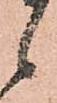
候